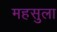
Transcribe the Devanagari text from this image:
महसुला